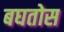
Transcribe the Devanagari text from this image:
बघतोस